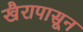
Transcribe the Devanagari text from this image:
खैरापासून